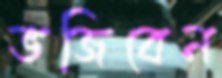
ভজিবেন